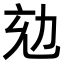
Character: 𠡌